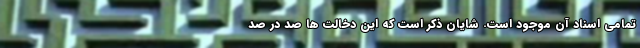
تمامی اسناد آن موجود است. شایان ذکر است که این دخالت ‌ها صد در صد